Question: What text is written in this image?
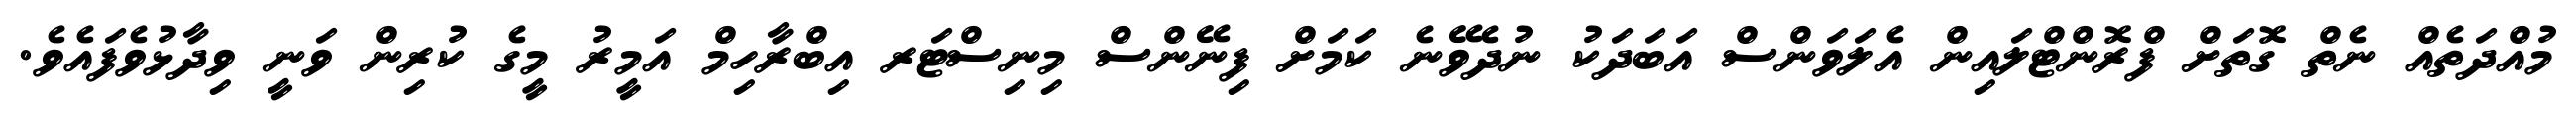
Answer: މުއްދަތެއް ނެތް ގޮތަށް ފްރޮންޓްލައިން އެލަވަންސް އަބަދަކު ނުދެވޭނެ ކަމަށް ފިނޭންސް މިނިސްޓަރ އިބްރާހިމް އަމީރު މީގެ ކުރިން ވަނީ ވިދާޅުވެފައެވެ.